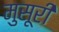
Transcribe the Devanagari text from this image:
मुसूरी